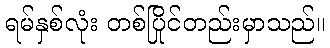
ရမ်နှစ်လုံး တစ်ပြိုင်တည်းမှာသည်။